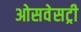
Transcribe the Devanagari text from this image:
ओसवेसट्री